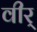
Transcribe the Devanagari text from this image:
वीर्